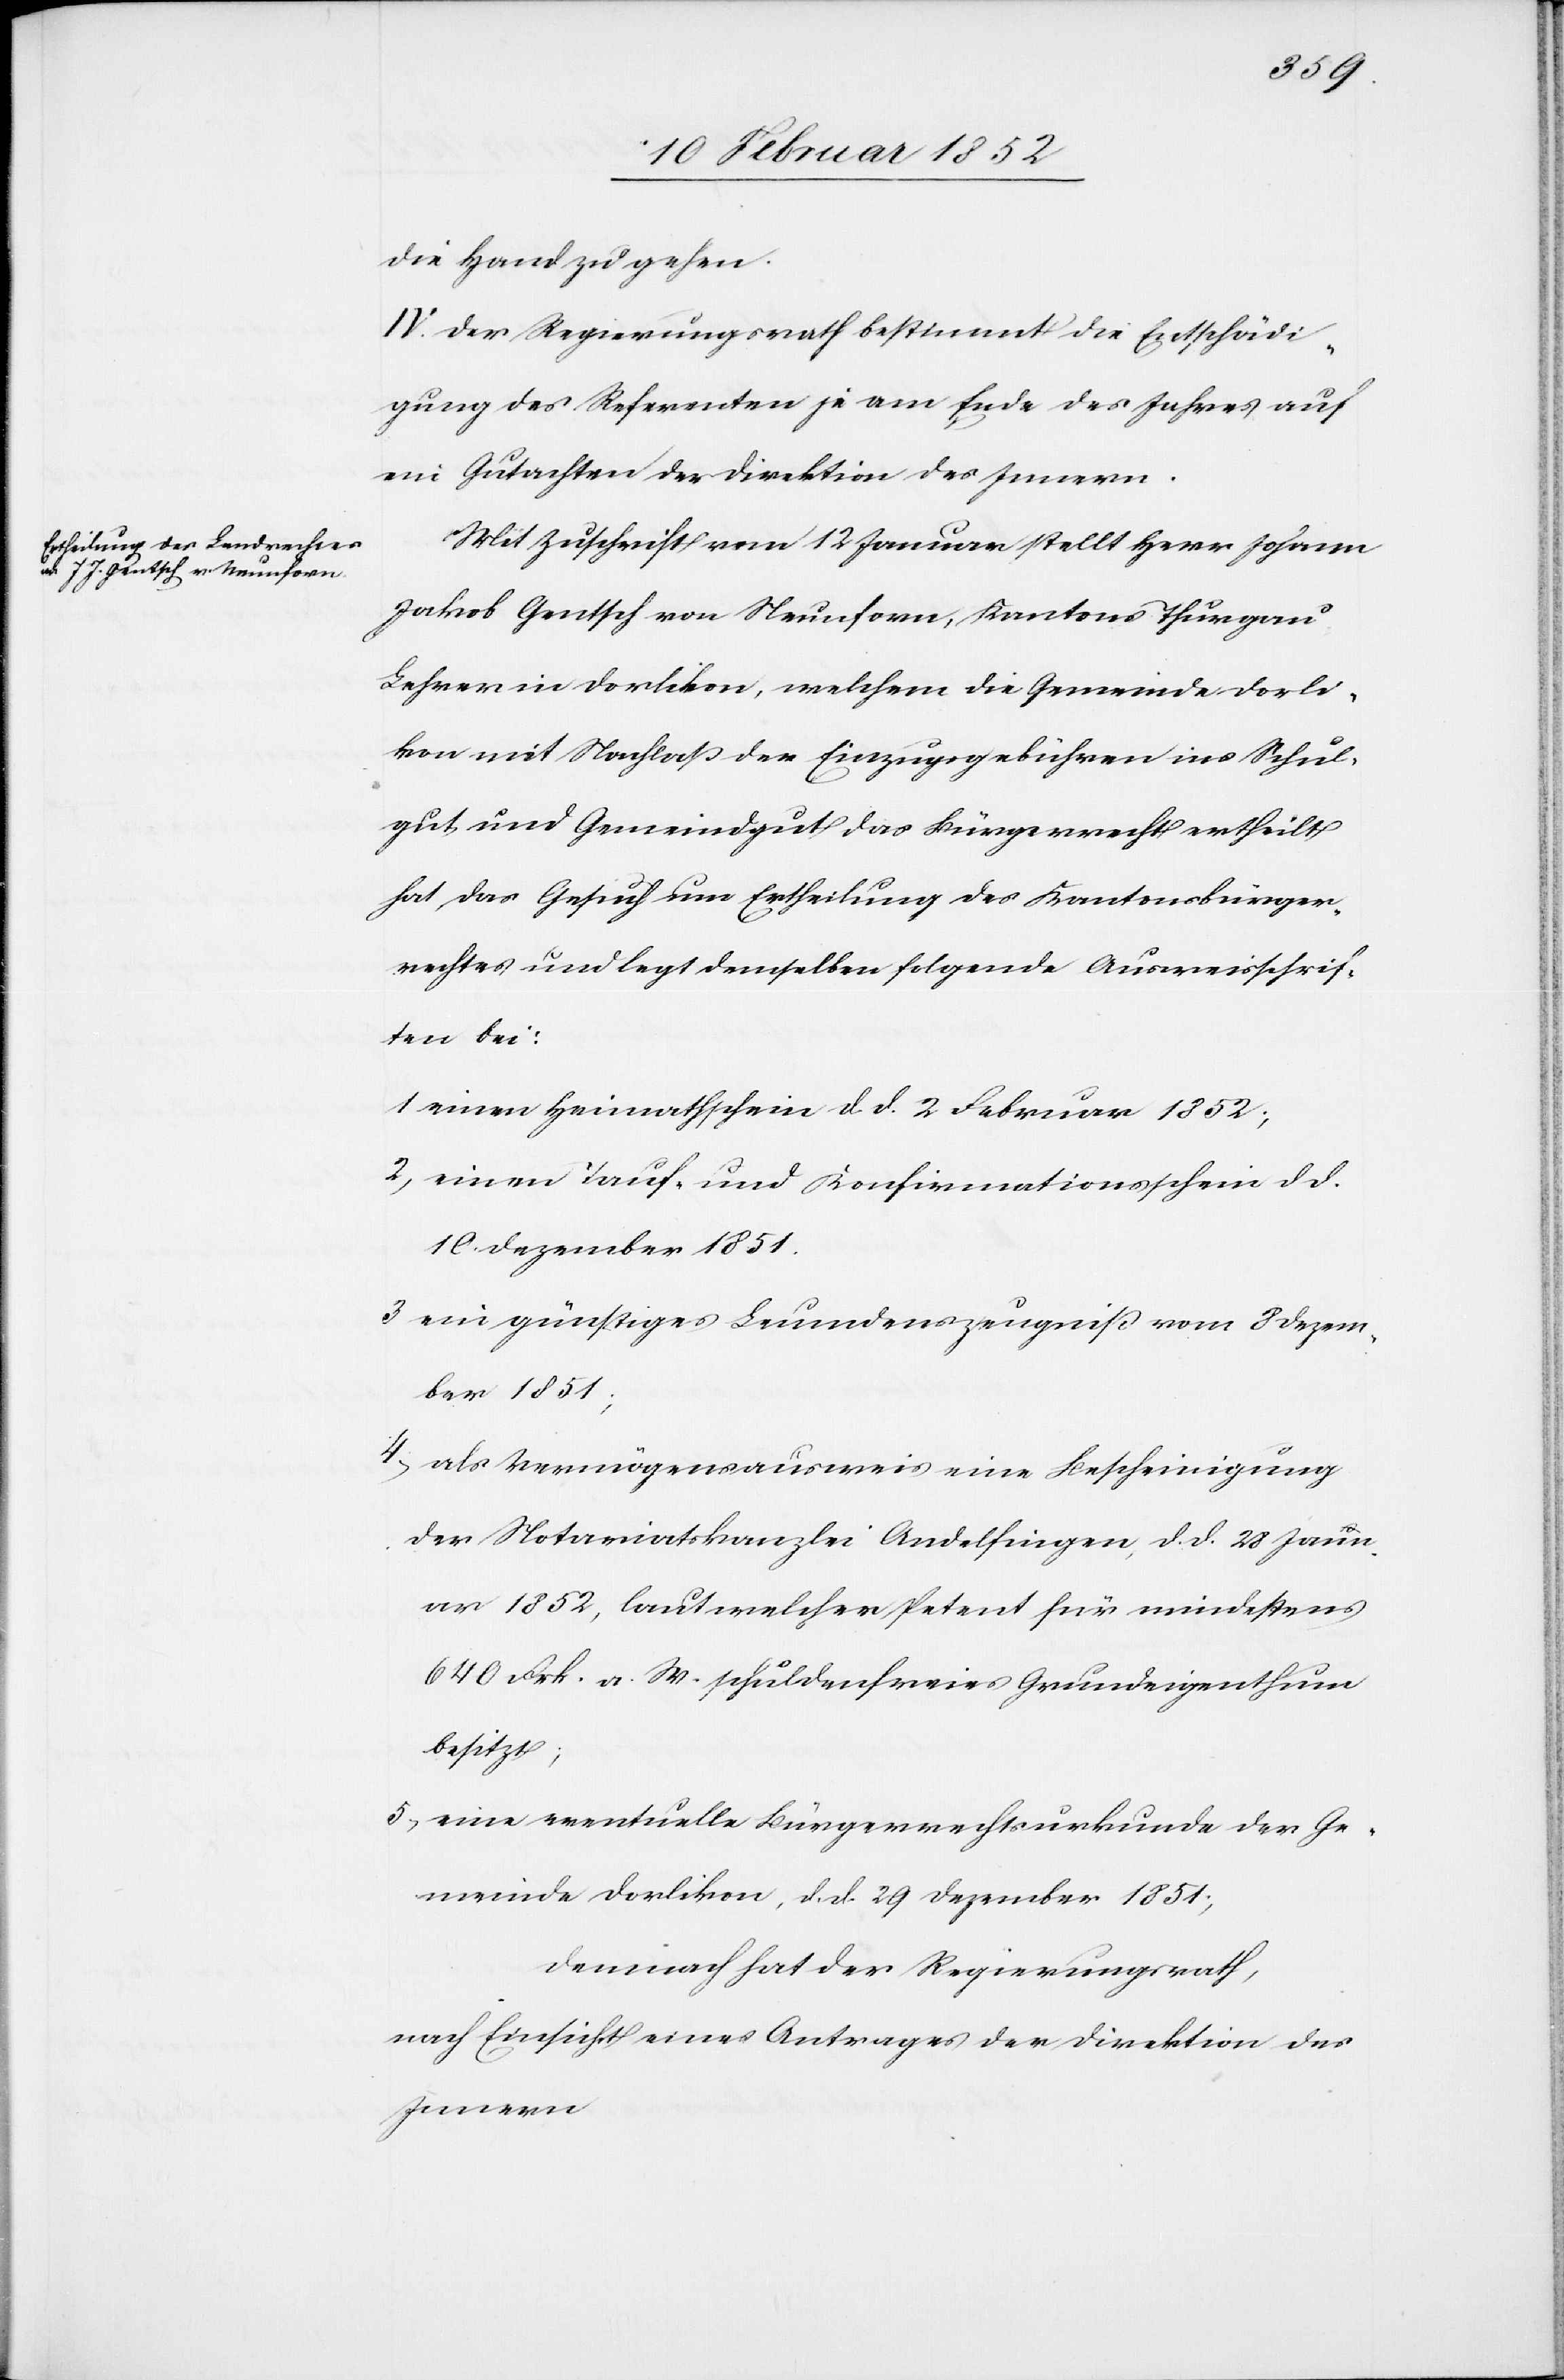
die Hand zu gehen.
IV. Der Regierungsrath bestimmt die Entschädi¬
gung des Referenten je am Ende des Jahres auf
ein Gutachten der Direktion des Innern.
Mit Zuschrift vom 12 Januar stellt Herr Johann
Jakob Gentsch von Neunforn, Kantons Thurgau
Lehrer in Dorlikon, welchem die Gemeinde Dorli¬
kon mit Nachlaß der Einzugsgebühren ins Schul¬
gut, und Gemeindgut das Bürgerrecht ertheilt
hat, das Gesuch um Ertheilung des Kantonsbürger¬
rechtes und legt demselben folgende Ausweisschrif¬
ten bei:
1 einen Heimathschein d. d. 2 Februar 1852;
2) einen Tauf- und Konfirmationsschein d. d.
10 Dezember 1851.
3 ein günstiges Leumdenszeugniß vom 8 Dezem¬
ber 1851;
4) als Vermögensausweis eine Bescheinigung
der Notariatskanzlei Andelfingen, d. d. 28 Janu¬
ar 1852, laut welcher Petent für mindestens
640 Frk. a. W. schuldenfreies Grundeigenthum
besitzt,
5.) eine eventuelle Bürgerrechtsurkunde der Ge¬
meinde Dorlikon, d. d. 29 Dezember 1851;
Demnach hat der Regierungsrath,
nach Einsicht eines Antrages der Direktion des
Innern